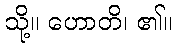
သို့။ ဟောတိ၊ ၏။